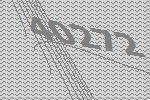
40272